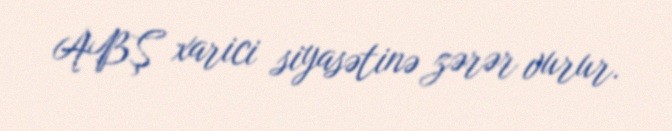
ABŞ xarici siyasətinə zərər vurur.